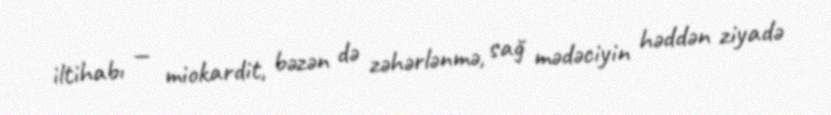
iltihabı — miokardit, bəzən də zəhərlənmə, sağ mədəciyin həddən ziyadə